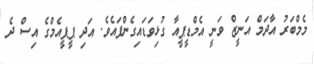
މެމްބަރު އާދަމް އަނީޒް ވަނީ އެމްޑީޕީއާ ގުޅިވަޑައިގެންފައެވެ. އަދި ޕީޕީއެމްގެ އިސް ދެ